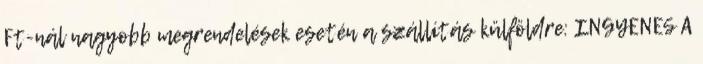
Ft-nál nagyobb megrendelések esetén a szállítás külföldre: INGYENES A